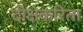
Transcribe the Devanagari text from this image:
दीक्षेकरिता